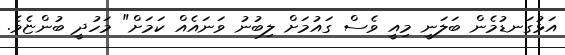
އަޅުގަނޑުމެން ބަލަނީ މިއީ ވެސް ގައުމަށް ލިބުނު ވަނައެއް ކަމަށް" މަހުދީ ބުންޏެވެ.